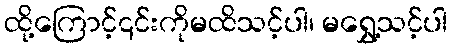
ထို့ကြောင့်၎င်းကိုမထိသင့်ပါ၊ မရွှေ့သင့်ပါ